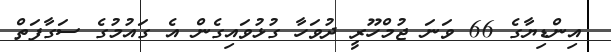
އިންޑިޔާގެ 66 ވަނަ ޖުމްހޫރީ ދުވަހާ ގުޅުވައިގެން އެ ގައުމުގެ ސަގާފަތް